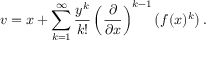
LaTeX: v = x + \sum _ { k = 1 } ^ { \infty } { \frac { y ^ { k } } { k ! } } \left( { \frac { \partial } { \partial x } } \right) ^ { k - 1 } \left( f ( x ) ^ { k } \right) .